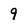
Character: 9